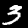
Digit: 3